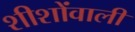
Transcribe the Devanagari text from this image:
शीशोंवाली